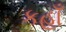
કહાઁ